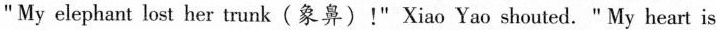
" My heart is broken!" I\underline{4} almost at the same time.